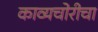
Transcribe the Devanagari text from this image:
काव्यचोरीचा